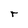
Character: r